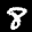
Label: 8